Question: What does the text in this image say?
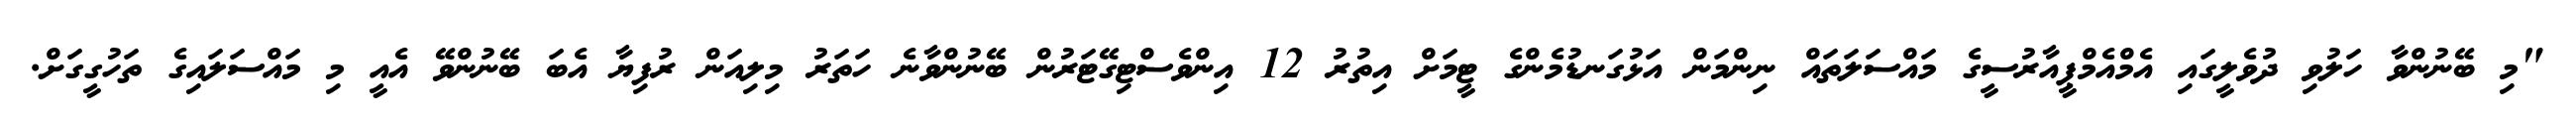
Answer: "މި ބޭނުންވާ ހަލުވި ދުވެލީގައި އެމްއެމްޕީއާރުސީގެ މައްސަލަތައް ނިންމަން އަޅުގަނޑުމެންގެ ޓީމަށް އިތުރު 12 އިންވެސްޓިގޭޓަރުން ބޭނުންވާނެ ހަތަރު މިލިއަން ރުފިޔާ އެބަ ބޭނުންވޭ އެއީ މި މައްސަލައިގެ ތަހުގީގަށް.